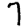
Digit: 7